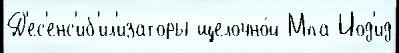
Д'ес'енс'иб'ил'изаторы щелочно́й Мпа Иод'ид